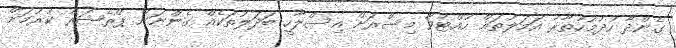
ގެންދާ ހުދުމުހުތާރު އަމަލުތައް ހުއްޓުވާ މިސްރަށް އިސްލާހީ ބަދަލުތަކެއް ގެންނަން ޕްރެޝަރު ކުރުމަށް